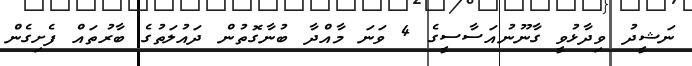
ނަޝީދު ވިދާޅުވީ ގާނޫނުއަސާސީގެ 4 ވަނަ މާއްދާ ބުނާގޮތުން ދައުލަތުގެ ބާރުތައް ފެށިގެން